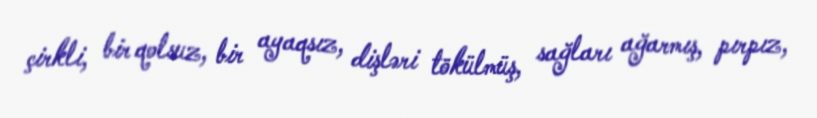
çirkli, bir qolsuz, bir ayaqsız, dişləri tökülmüş, sağları ağarmış, pırpız,